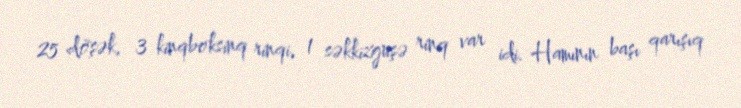
25 döşək, 3 kinqboksinq rinqi, 1 səkkizguşə rinq var idi. Hamının başı qarışıq